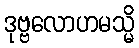
ဒုဗ္ဗလောဟမသ္မိ